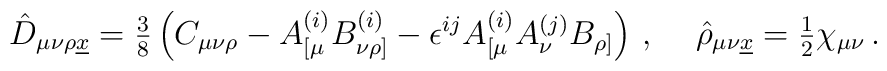
\hat{D}_{\mu\nu\rho\underline{x}} ={\textstyle\frac{3}{8}}\left(C_{\mu\nu\rho} - A_{[\mu}^{(i)}B_{\nu\rho]}^{(i)}-\epsilon^{ij}A_{[\mu}^{(i)}A_{\nu}^{(j)}B_{\rho]}\right)\, ,\hspace{.5cm}\hat{\rho}_{\mu\nu\underline{x}} ={\textstyle\frac{1}{2}}\chi_{\mu\nu}\, .